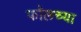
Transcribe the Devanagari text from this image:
फॉलच्या